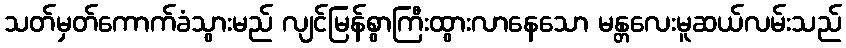
သတ်မှတ်ကောက်ခံသွားမည် လျင်မြန်စွာကြီးထွားလာနေသော မန္တလေးမူဆယ်လမ်းသည်